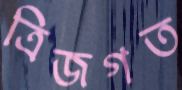
ত্রিজগত